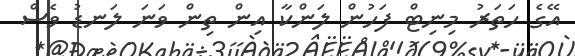
އޭގެ ހަތަރު މިނިޓް ފަހުން ލަންކާ އިން ތިން ވަނަ ލަނޑު ވެސް